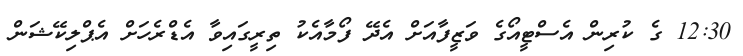
12:30 ގެ ކުރިން އެސްޓީއޯގެ ވަޒީފާއަށް އެދޭ ފޯމާއެކު ތިރީގައިވާ އެޑްރެހަށް އެޕްލިކޭޝަން